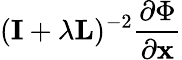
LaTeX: (\textbf{I}+\lambda\textbf{L})^{-2}\frac{\partial\Phi}{\partial\textbf{x}}